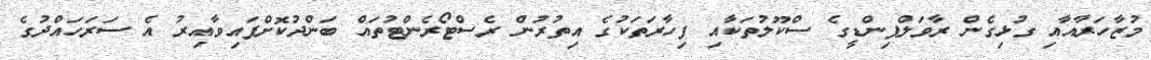
މުޒާހަރާއާއި ގުޅިގެން ރާވަލްޕިންޑީގެ ސްކޫލުތަކާއި ފިހާރަތަކުގެ އިތުރުން ރެސްޓޯރެންޓުތައް ބަންދުކޮށްފައިވާއިރު އެ ސަރަހައްދުގެ